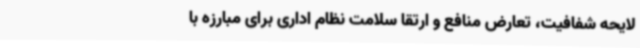
لایحه شفافیت، تعارض منافع و ارتقا سلامت نظام اداری برای مبارزه با